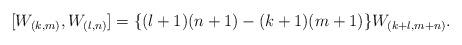
LaTeX: \begin{align*}[W_{(k,m)}, W_{(l,n)}] = \{(l+1) (n+1) - (k+1) (m+1) \} W_{(k+l, m+n)}.\end{align*}